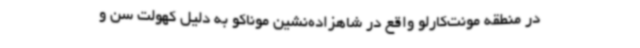
در منطقه مونت‌کارلو واقع در شاهزاده‌نشین موناکو به دلیل کهولت سن و